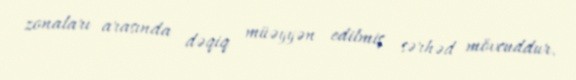
zonaları arasında dəqiq müəyyən edilmiş sərhəd mövcuddur.